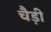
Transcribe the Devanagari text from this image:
चैड़ी